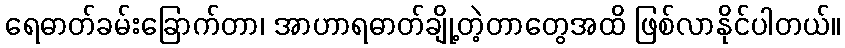
ရေဓာတ်ခမ်းခြောက်တာ၊ အာဟာရဓာတ်ချို့တဲ့တာတွေအထိ ဖြစ်လာနိုင်ပါတယ်။